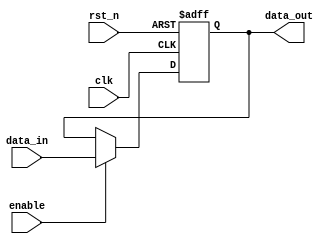
module CascadeBypassRegister (
    input wire clk,
    input wire rst_n,
    input wire enable,
    input wire [DATA_WIDTH-1:0] data_in,
    output reg [DATA_WIDTH-1:0] data_out
);

// Parameter definition for data width
parameter DATA_WIDTH = 8;

// Define internal registers
reg [DATA_WIDTH-1:0] register;

// Synchronous reset
always @(posedge clk or negedge rst_n) begin
    if (~rst_n) begin
        register <= 0;
    end else begin
        if (enable) begin
            register <= data_in;
        end
    end
end

// Assign output
assign data_out = register;

endmodule